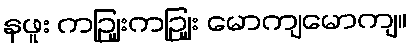
နဖူး ကဉျြးကဉျြး မောကျမောကျ။